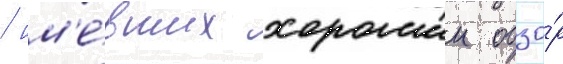
/ им'е́вших хорошии обзо́р